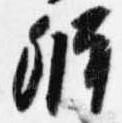
弁